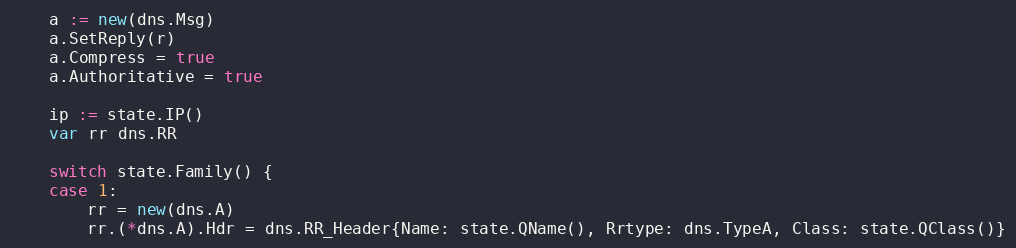
Language: Go
	a := new(dns.Msg)
	a.SetReply(r)
	a.Compress = true
	a.Authoritative = true

	ip := state.IP()
	var rr dns.RR

	switch state.Family() {
	case 1:
		rr = new(dns.A)
		rr.(*dns.A).Hdr = dns.RR_Header{Name: state.QName(), Rrtype: dns.TypeA, Class: state.QClass()}